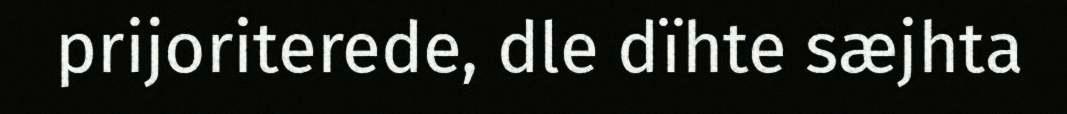
prijoriterede, dle dïhte sæjhta